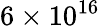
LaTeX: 6\times 10^{16}